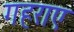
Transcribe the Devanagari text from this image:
गहराए